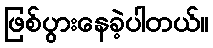
ဖြစ်ပွားနေခဲ့ပါတယ်။